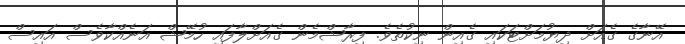
އޭނާގެ ގެއަށް ދިޔުމަށްޓަކައި ގެއިން ނިކުތެވެ. ފިރާޝްމެން ގެއަށްލާފައި ހުމޭޝް އަނެއްކާވެސް އައިސް